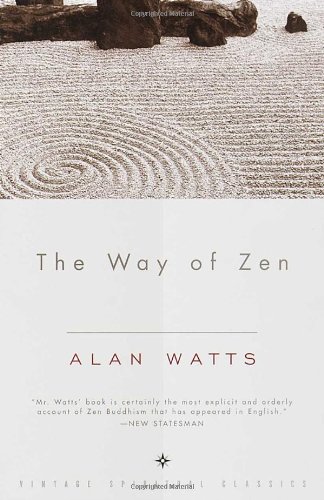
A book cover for The Way of Zen; Alan W. Watts; Politics & Social Sciences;